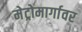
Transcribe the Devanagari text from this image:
मेट्रोमार्गावर